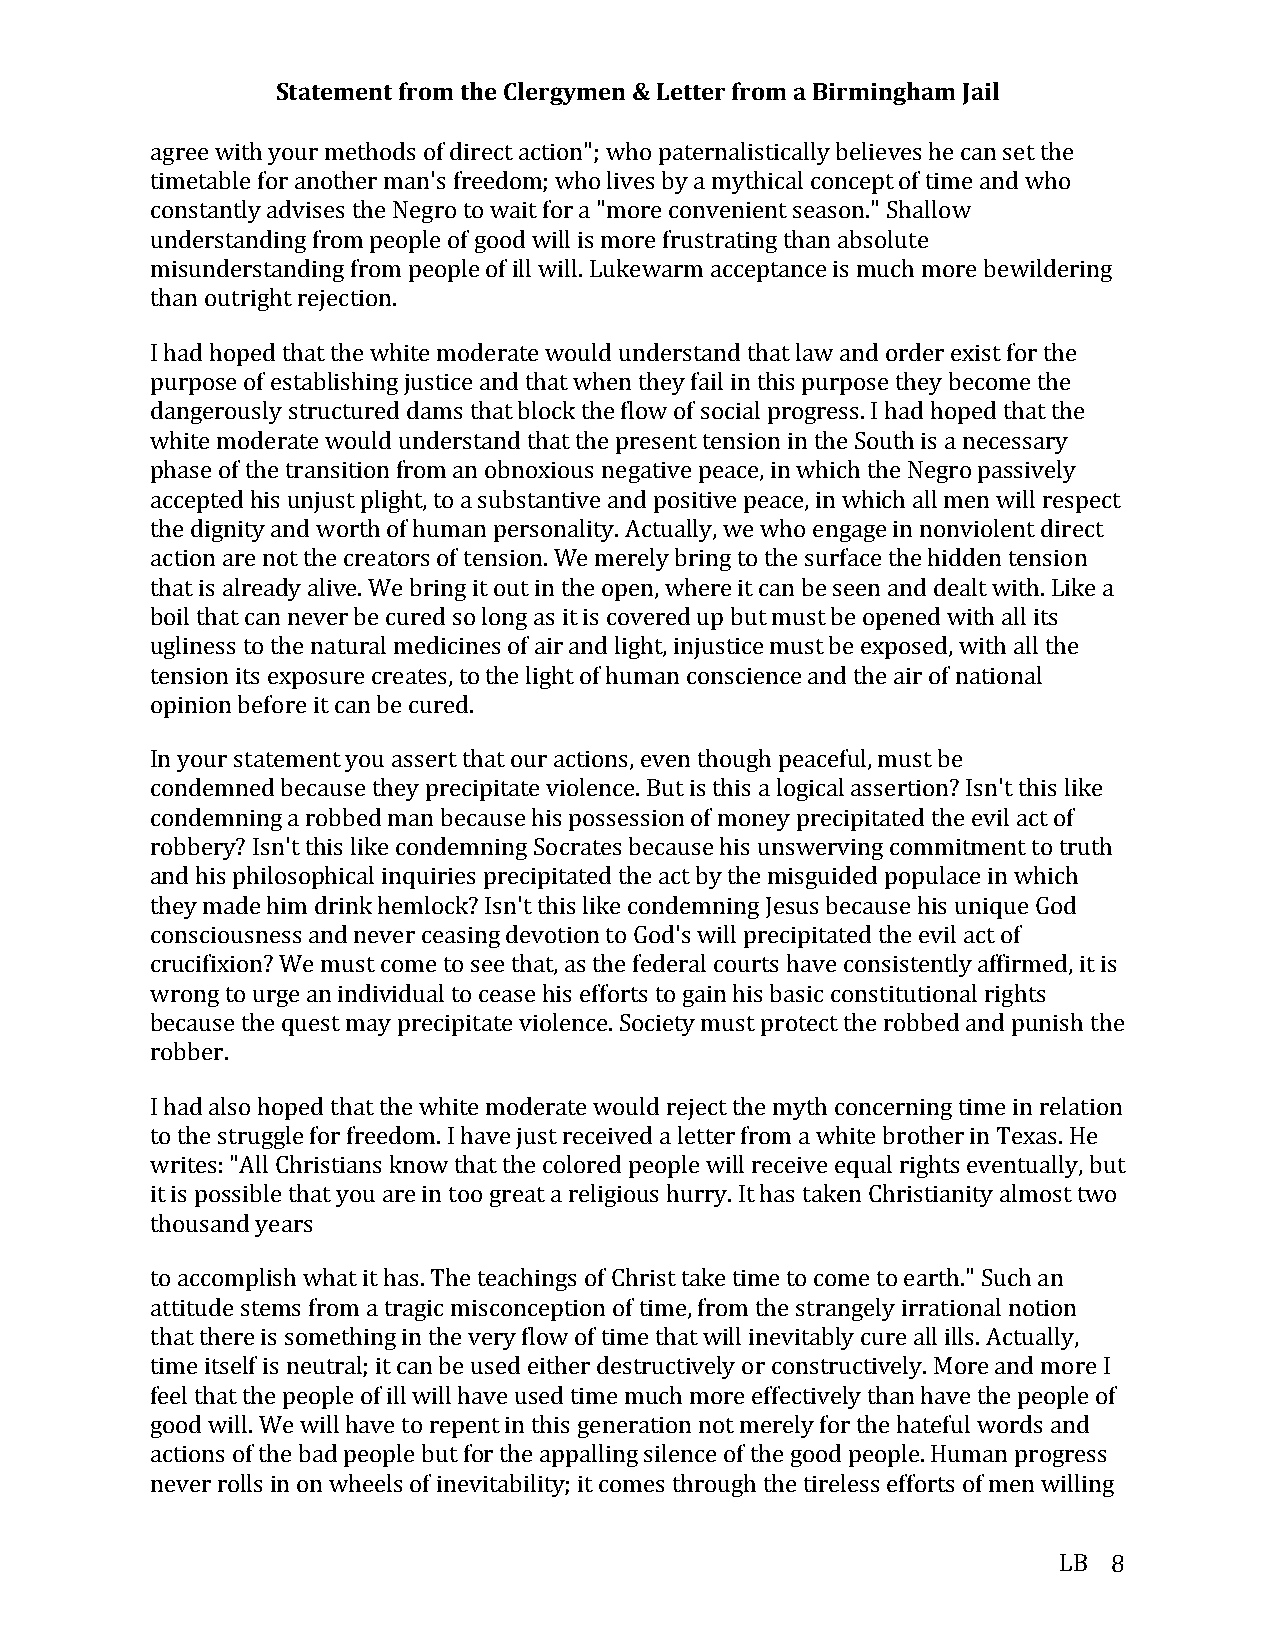
Statement from the Clergymen & Letter from a Birmingham Jail
 agree with your methods of direct action"; who paternalistically believes he can set the
 timetable for another man's freedom; who lives by a mythical concept of time and who
 constantly advises the Negro to wait for a "more convenient season." Shallow
 understanding from people of good will is more frustrating than absolute
 misunderstanding from people of ill will. Lukewarm acceptance is much more bewildering
 than outright rejection.
 I had hoped that the white moderate would understand that law and order exist for the
 purpose of establishing justice and that when they fail in this purpose they become the
 dangerously structured dams that block the flow of social progress. I had hoped that the
 white moderate would understand that the present tension in the South is a necessary
 phase of the transition from an obnoxious negative peace, in which the Negro passively
 accepted his unjust plight, to a substantive and positive peace, in which all men will respect
 the dignity and worth of human personality. Actually, we who engage in nonviolent direct
 action are not the creators of tension. We merely bring to the surface the hidden tension
 that is already alive. We bring it out in the open, where it can be seen and dealt with. Like a
 boil that can never be cured so long as it is covered up but must be opened with all its
 ugliness to the natural medicines of air and light, injustice must be exposed, with all the
 tension its exposure creates, to the light of human conscience and the air of national
 opinion before it can be cured.
 In your statement you assert that our actions, even though peaceful, must be
 condemned because they precipitate violence. But is this a logical assertion? Isn't this like
 condemning a robbed man because his possession of money precipitated the evil act of
 robbery? Isn't this like condemning Socrates because his unswerving commitment to truth
 and his philosophical inquiries precipitated the act by the misguided populace in which
 they made him drink hemlock? Isn't this like condemning Jesus because his unique God
 consciousness and never ceasing devotion to God's will precipitated the evil act of
 crucifixion? We must come to see that, as the federal courts have consistently affirmed, it is
 wrong to urge an individual to cease his efforts to gain his basic constitutional rights
 because the quest may precipitate violence. Society must protect the robbed and punish the
 robber.
 I had also hoped that the white moderate would reject the myth concerning time in relation
 to the struggle for freedom. I have just received a letter from a white brother in Texas. He
 writes: "All Christians know that the colored people will receive equal rights eventually, but
 it is possible that you are in too great a religious hurry. It has taken Christianity almost two
 thousand years
 to accomplish what it has. The teachings of Christ take time to come to earth." Such an
 attitude stems from a tragic misconception of time, from the strangely irrational notion
 that there is something in the very flow of time that will inevitably cure all ills. Actually,
 time itself is neutral; it can be used either destructively or constructively. More and more I
 feel that the people of ill will have used time much more effectively than have the people of
 good will. We will have to repent in this generation not merely for the hateful words and
 actions of the bad people but for the appalling silence of the good people. Human progress
 never rolls in on wheels of inevitability; it comes through the tireless efforts of men willing
 LB  8